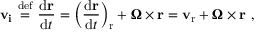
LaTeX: \mathbf { v _ { i } } \ { \stackrel { \mathrm { d e f } } { = } } \ { \frac { \mathrm { d } \mathbf { r } } { \mathrm { d } t } } = \left( { \frac { \mathrm { d } \mathbf { r } } { \mathrm { d } t } } \right) _ { \mathrm { r } } + { \boldsymbol { \Omega } } \times \mathbf { r } = \mathbf { v } _ { \mathrm { r } } + { \boldsymbol { \Omega } } \times \mathbf { r } \ ,